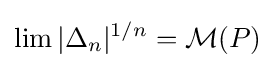
\lim |\Delta _{n}|^{1/n}={\mathcal {M}}(P)